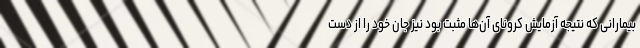
بیمارانی که نتیجه آزمایش کرونای آن‌ها مثبت بود نیز جان خود را از دست